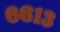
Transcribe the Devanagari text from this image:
६६१३